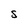
Character: S